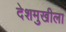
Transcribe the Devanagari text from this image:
देशमुखीला